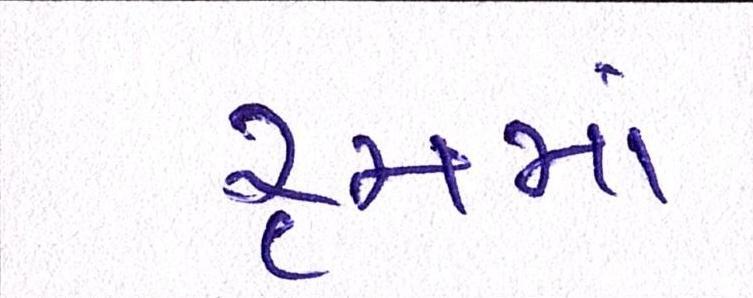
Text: રૃમમાં